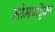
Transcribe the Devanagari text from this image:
मोमपट्टिका